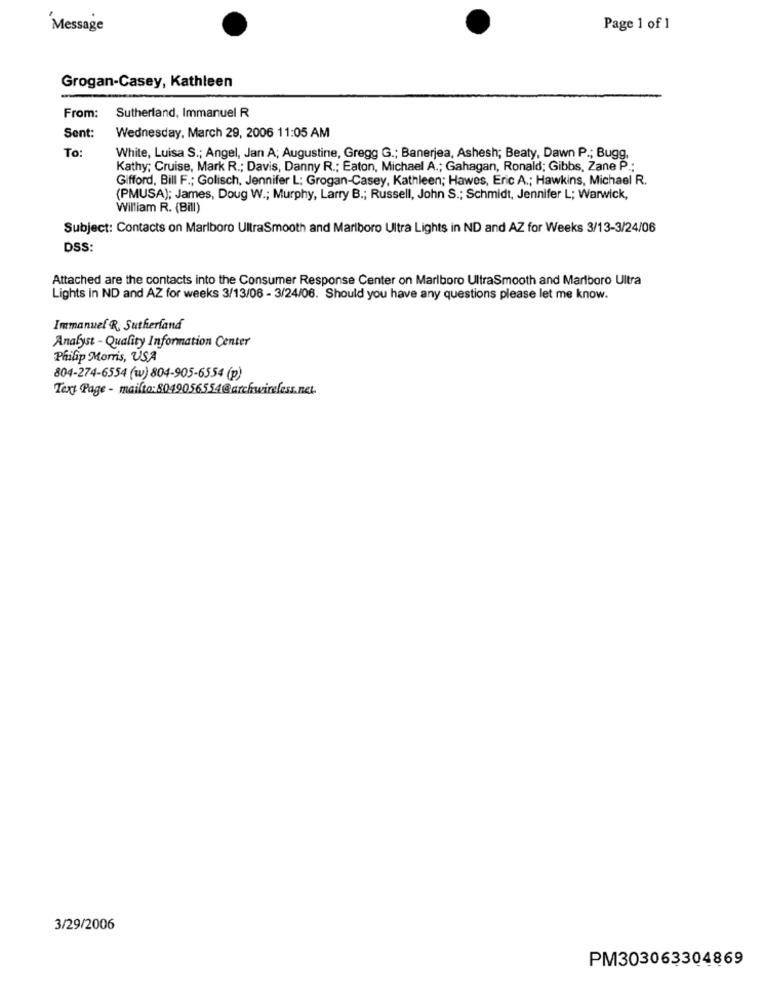
'Message
Page 1 of 1
Grogan-Casey, Kathleen
From:
Sutherland, Immanuel R
Sent:
Wednesday, March 29, 2006 11:05 AM
To:
White, Luisa S .; Angel, Jan A; Augustine, Gregg G .; Banerjea, Ashesh; Beaty, Dawn P .; Bugg,
Kathy; Cruise, Mark R .; Davis, Danny R .; Eaton, Michael A .; Gahagan, Ronald; Gibbs, Zane P .;
Gifford, Bill F .; Golisch, Jennifer L: Grogan-Casey, Kathleen; Hawes, Eric A .; Hawkins, Michael R.
(PMUSA); James, Doug W .; Murphy, Larry B .; Russell, John S .; Schmidt, Jennifer L; Warwick,
William R. (Bill)
Subject: Contacts on Marlboro UltraSmooth and Marlboro Ultra Lights in ND and AZ for Weeks 3/13-3/24/06
DSS:
Attached are the contacts into the Consumer Response Center on Marlboro UltraSmooth and Marlboro Ultra
Lights in ND and AZ for weeks 3/13/06 - 3/24/06. Should you have any questions please let me know.
Immanuel R, Sutherland
Analyst - Quality Information Center
Philip Morris, USA
804-274-6554 (w) 804-905-6554 (p)
Toxy Page - mailto:8049056554@archwireless.net.
3/29/2006
PM303063304869